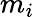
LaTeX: m_{i}